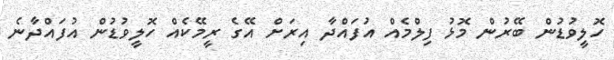
ހޮލީވުޑުން ބޭރުން މޮޅު ފިލްމެއް އުފައްދާ އިރަށް އޭގެ ރީމޭކެއް ހޮލީވުޑުން އުފައްދާނެ